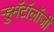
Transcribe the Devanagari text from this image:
ऱ्हुमॅटॉलॉजी